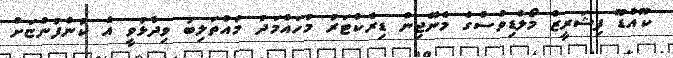
ކޫއްޑޫ ފިޝަރީޒް މޯލްޑިވްސްގެ މެނޭޖިން ޑިރެކްޓަރު މުހައްމަދު މުއްތަލިބު ވިދާޅުވީ އެ ކުންފުންޏަށް